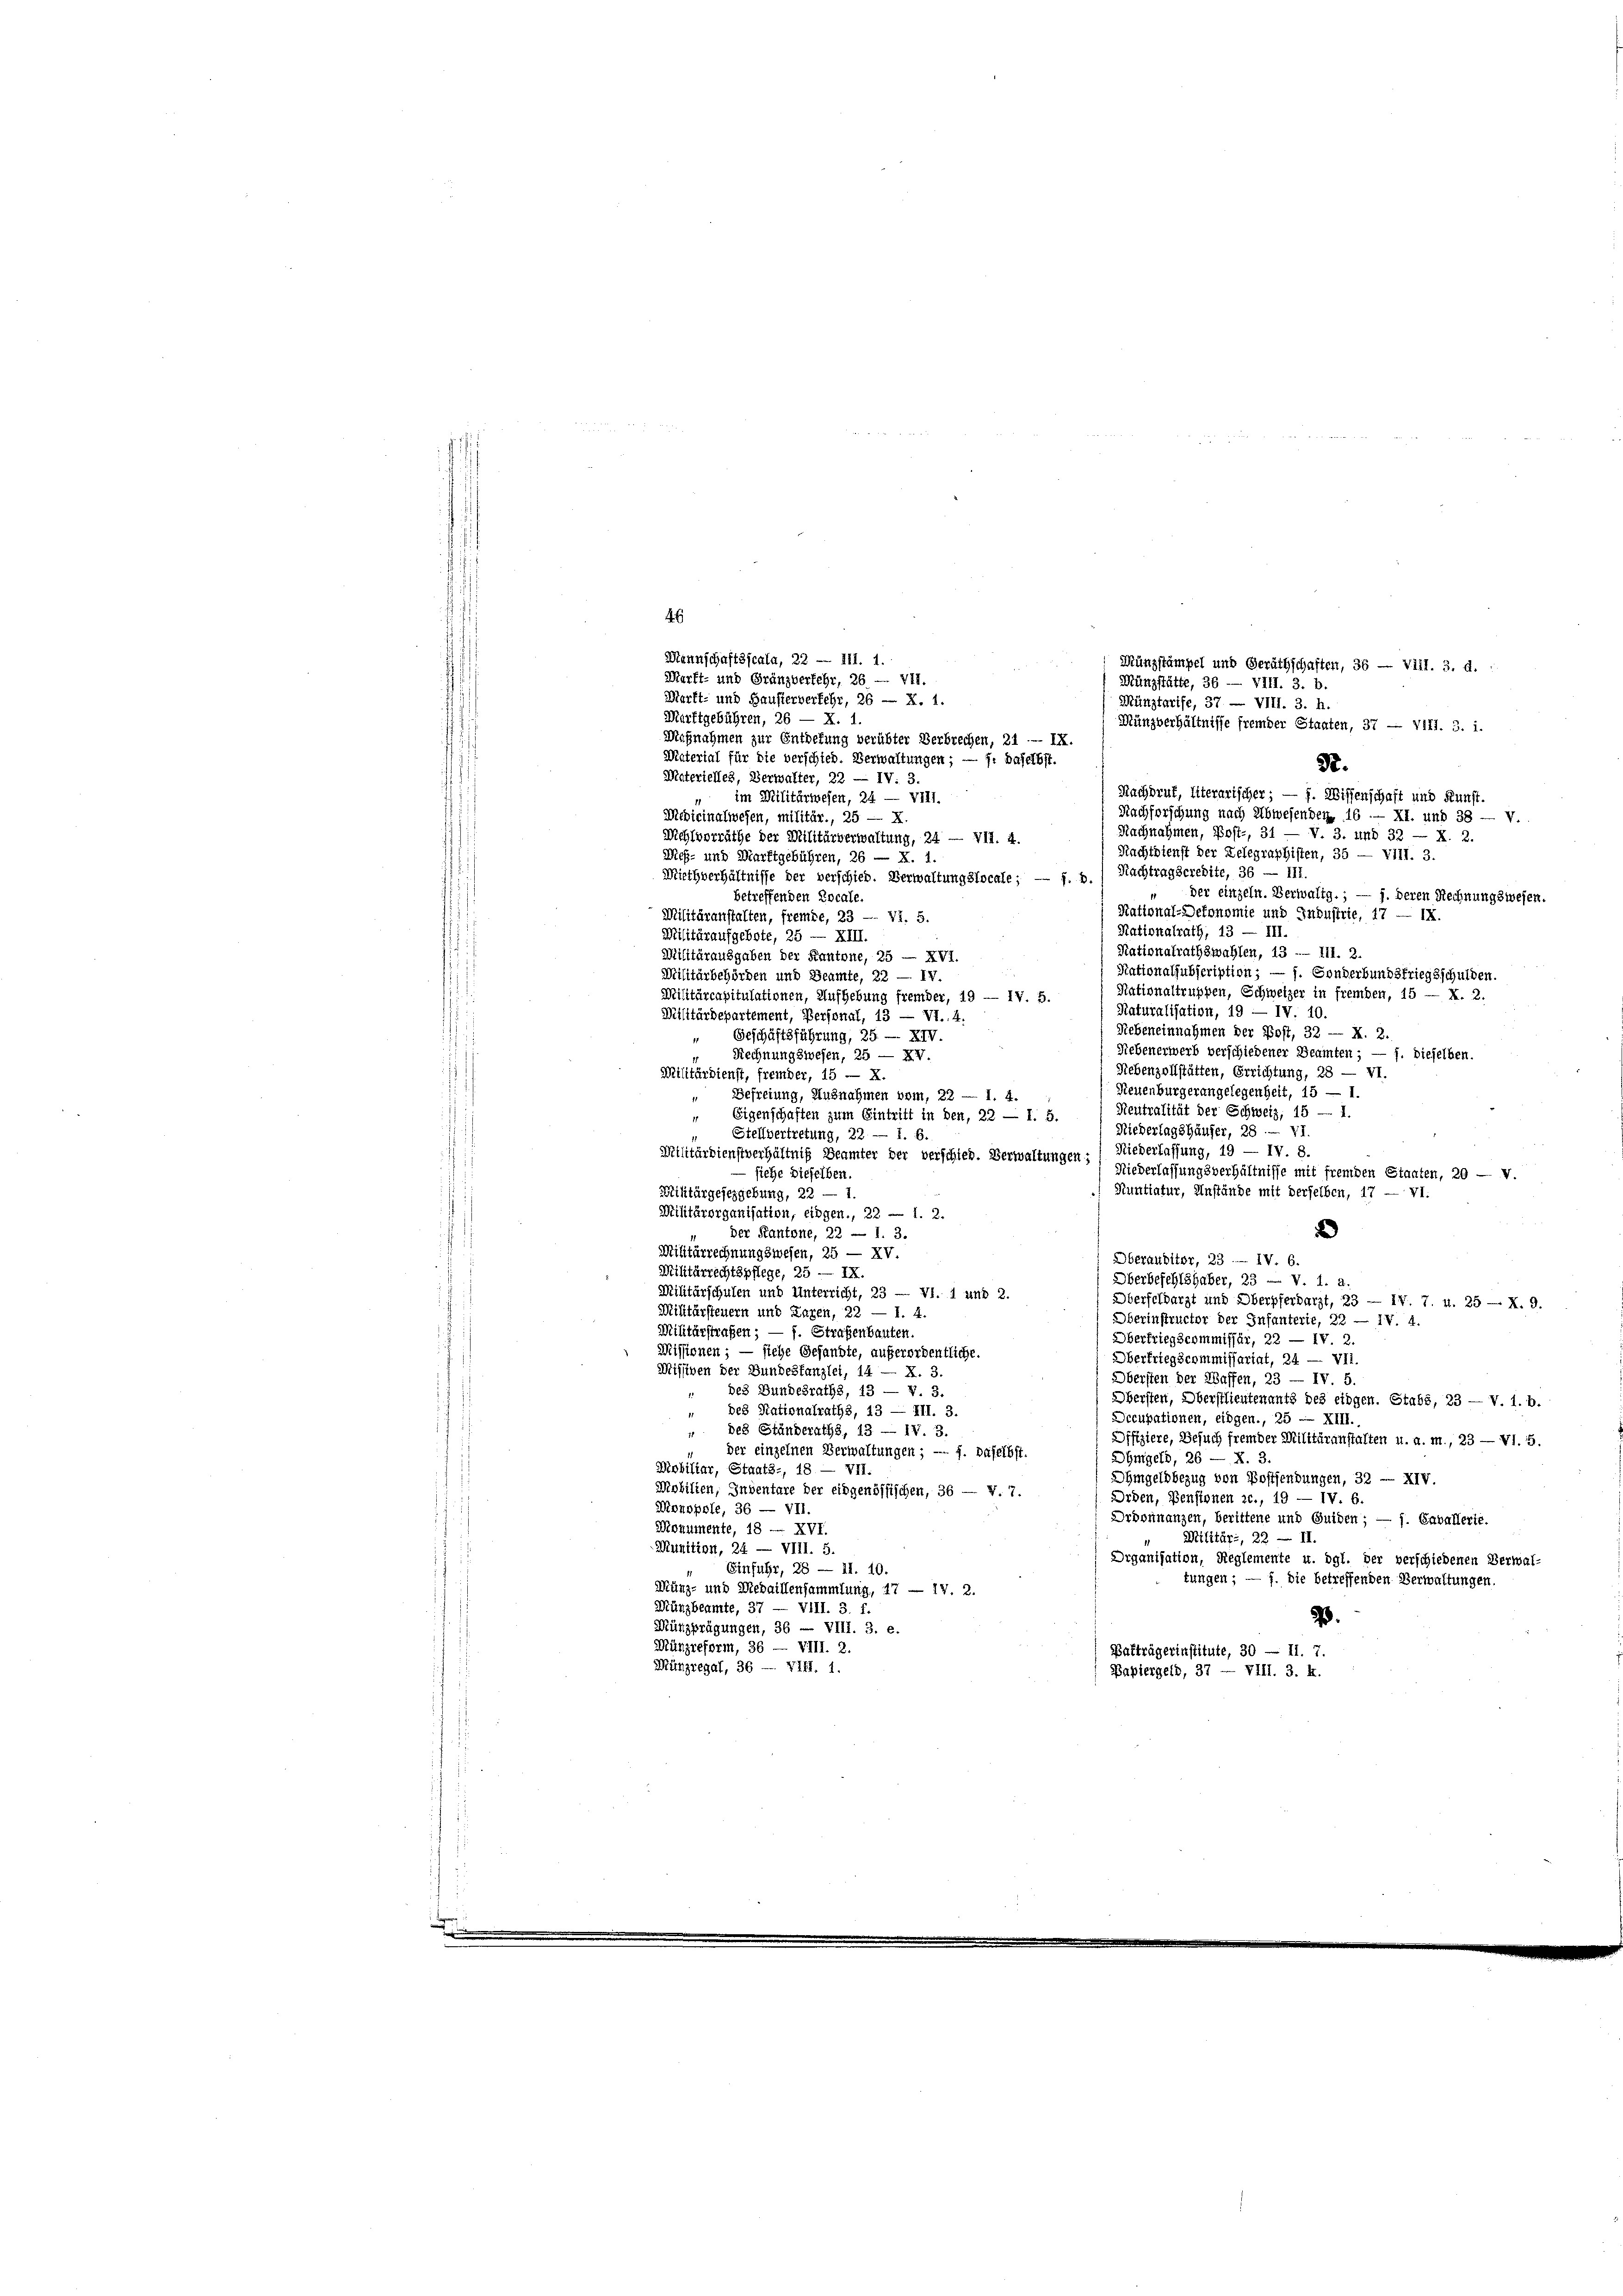
46
Mannschaftsscala, 22 — III. 1.
Münzstämpel und Geräthschaften, 36 — Vill. 3. d.
Marft- und Gränzverkehr, 26 — VII.
Merft- und Hausierverfehr, 26 — X. 1.
Marktgebühren, 26 — X. 1.
Münzverhältnisse fremder Staaten, 37 — 4171. 3. i.
Maßnahmen zur Entretung verübter Verbrechen, 21 — IX.
Material für die verschied. Verwaltungen; — f: Baselbst.
3.
Materielles, Verwalter, 22 — IV. 3.
Nachdruk, literarischer; — f. Wissenschaft und Kunst.
im Militärwesen, 24 — VIII.
Nachforschung nach Abwesenden 16.— XI. und 38 — V.
Medicinalwesen, militär., 25 — X.
Nachnahmen, Post-, 31 — V. 3. und 32 — X. 2.
Wehlvorräthe der Militärverwaltung, 24 — VII. 4.
Nachtetenst der Zelegraphisten, 35 — V111. 3.
Mes- und Marktgebühren, 26 — X. 1.
Nachtragscredite, 36 — 111.
Miethverhältnisse der verschieb. Verwaltungslocale; — f. 2
der einzeln. Verwaltg.; — f. deren Rechnungswesen.
betreffenden Locale.
Kational-Detonomie und Industrie, 17 14.
Militäranstalten, fremde, 23 — 71. 5.
Rationalrath, 13 — III.
Militäraufgebote, 25 — XIII.
Nationalrathswahlen, 13 -- 111. 2.
Militärausgaben der Kantone, 25 — XVI.
Nationaljubscription; — f. Sonderbundstriegsschulden.
Militärbehörden und Beamte, 22 — IV
Nationaltruppen, Schweizer in fremden, 15 — X. 2.
Militärcapitulationen, Aufhebung fremder, 19 — IV. 5.
Raturalisation, 19 — IV. 10.
Militärdepartement, Personal, 13 — VI. 4.
Diebeneinnahmen der Bost, 32 — X. 2.
Geschäftsführung, 25 — XIV
Nebenerwerb verschiedener Beamten; — f. dieselben.
Rechnungswesen, 25 — XV
Rebenzollstätten, Errichtung, 28 —
VI.
Militärdienst, fremder, 15 — X.
Neuenburgerangelegenheit, 15 — 1.
Befreiung, Ausnahmen vom, 22 — 1. 4.
Neutralität der Schweiz, 15 — 1.
Eigenschaften zum Eintritt in den, 22 — 1. 5.
Niederlagshäuser, 28. — VI
Stellvertretung, 22 — 1. 6.
Niederlassung, 19 — IV. 8.
Militärdienstverhältnis Beamter der verschied. Verwaltungen;
Niederlassungsverhältnisse mit fremden Staaten, 20 — v.
— siehe dieselben.
Runtiatur, Anstände mit derselben, 17 — VI.
Militärgesezgebung, 22 —
Militärorganisation, eingen., 22 - 1. 2.
2
der Kantone, 22 — 1. 3.
Militärrechnungswesen, 25 — XV.
Oberauditor, 23. — IV. 6
Militärrechtspflege, 25 — IX.
Oberbefehlshaber, 23 — V. 1. a.
Militärschulen und Unterricht, 23 — VI. 1 und 2.
Oberfeldarzt und Oberpferbarzt, 23 — IV. 7. u. 25 — X. 9.
Militärsteuern und Laxen, 22 — 1. 4.
Oberinstructor der Infanterie, 22 — IV. 4.
Militärstraßen; — f. Straßenbauten.
Übertriegscommissär, 22 — IV 2
Missionen; — siehe Gesandte, außerordentliche.
Oberfriegscommissariat, 24. — VII.
Missiven der Bundesfanzlei, 14 — X. 3.
Obersten der Waffen, 23 — IV 5.
" des Bundesraths, 13 — V. 3.
Obersten, Oberstlieutenants des eidgen. Stabs, 23 — V. 1. b.
des Rationalraths, 13 — III. 3
Dccupationen, eidgen., 25 — XIII
“ des Ständeraths, 13 — 11 3.
Dffiziere, Besuch fremder Militäranstalten u. a. m., 23 — VI. 5.
der einzelnen Verwaltungen; — f. daselbst.
DGwigers, 26 — X. 3
Mobiliar, Staats-, 18 — VII.
hmgeldbezug von Postsendungen, 32 — XIV.
Mobilien, Inventare der eidgenössischen, 36 — v. 7.
Orden, Pensionen c., 19 — IV. 6.
Monopole, 36 — VII.
Drdonnanzen, berittene und Guiden; — f. Cavallerie.
Monumente, 18 — XVI.
Militär-, 22 — II.
Munition, 24 — VIII. 5
Organisation, Reglemente u. dgl. der verschiedenen Verwal-
Einfuhr, 28 — 11. 10.
tungen; — f. Die betreffenden Verwaltungen.
Münz- und Medaillensammlung, 17 — 17. 2.
Münzbeamte, 37 — VIII. 3. f.
.
Münzprägungen, 36 — VIII. 3. e.
Münzreform, 36 — VIII. 2.
Bafträgerinstitute, 30 — 11. 7.
Münzregal, 36 — VIII. 1.
Papiergelb, 37 — VIII. 3. k.

Münzstätte, 36 — VIII. 3. b.
Münzfarife, 37. — VIII. 3. h.